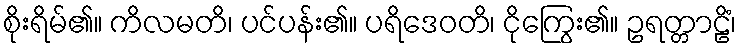
စိုးရိမ်၏။ ကိလမတိ၊ ပင်ပန်း၏။ ပရိဒေဝတိ၊ ငိုကြွေး၏။ ဥရတ္တာဠိံ၊